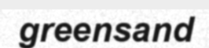
greensand